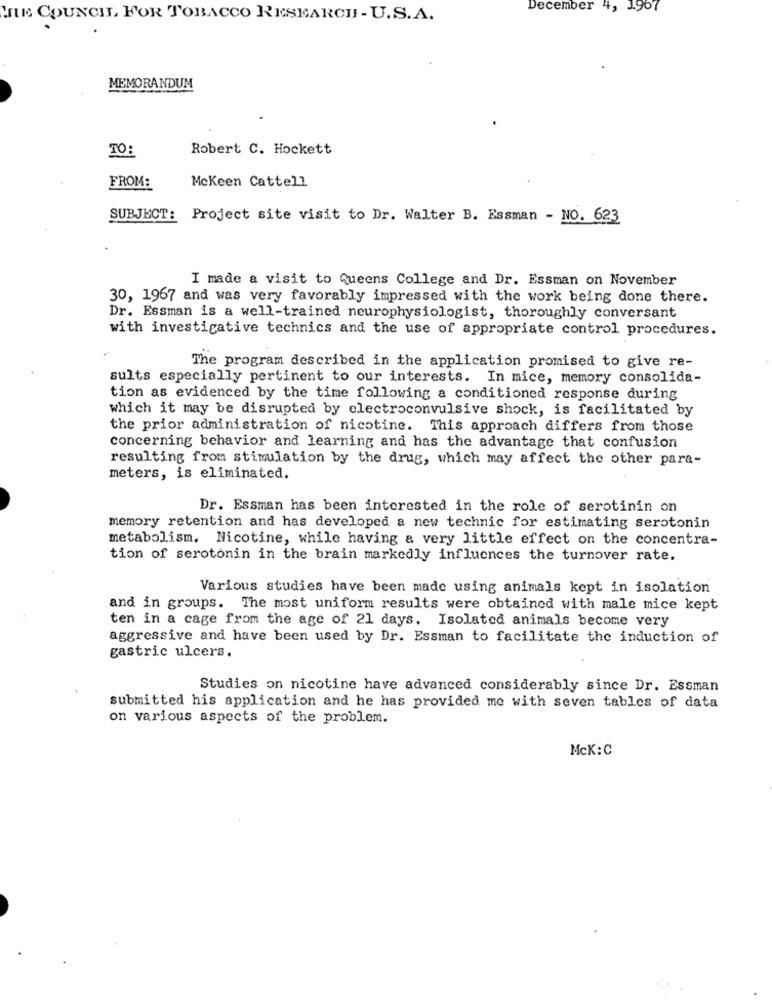
December 4, 1.967
CHLE COUNCIL, FOR TOBACCO RESEARCH - U.S.A.
MEMORANDUM
TO:
Robert C. Hockett
FROM:
McKeen Cattell
SUBJECT:
Project site visit to Dr. Walter B. Essman - NO. 623
I made a visit to Queens College and Dr. Essman on November
30, 1967 and was very favorably impressed with the work being done there.
Dr. Essman is a well-trained neurophysiologist, thoroughly conversant
with investigative technics and the use of appropriate control procedures.
The program described in the application promised to give re-
sults especially pertinent to our interests. In mice, memory consolida-
tion as evidenced by the time following a conditioned response during
which it may be disrupted by electroconvulsive shock, is facilitated by
the prior administration of nicotine. This approach differs from those
concerning behavior and learning and has the advantage that confusion
resulting from stimulation by the drug, which may affect the other para-
meters, is eliminated.
Dr. Essman has been interested in the role of serotinin on
memory retention and has developed a new technic for estimating serotonin
metabolism. Nicotine, while having a very little effect on the concentra-
tion of serotonin in the brain markedly influences the turnover rate.
Various studies have been made using animals kept in isolation
and in groups. The most uniform results were obtained with male mice kept
ten in a cage from the age of 21 days. Isolated animals become very
aggressive and have been used by Dr. Essman to facilitate the induction of
gastric ulcers.
Studies on nicotine have advanced considerably since Dr. Essman
submitted his application and he has provided me with seven tables of data
on various aspects of the problem.
Mck:C